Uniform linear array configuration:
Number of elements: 24
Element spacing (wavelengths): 0.5
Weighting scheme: hann
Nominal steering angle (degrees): -15
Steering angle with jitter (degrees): -15.504
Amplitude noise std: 0.05
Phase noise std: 0.05

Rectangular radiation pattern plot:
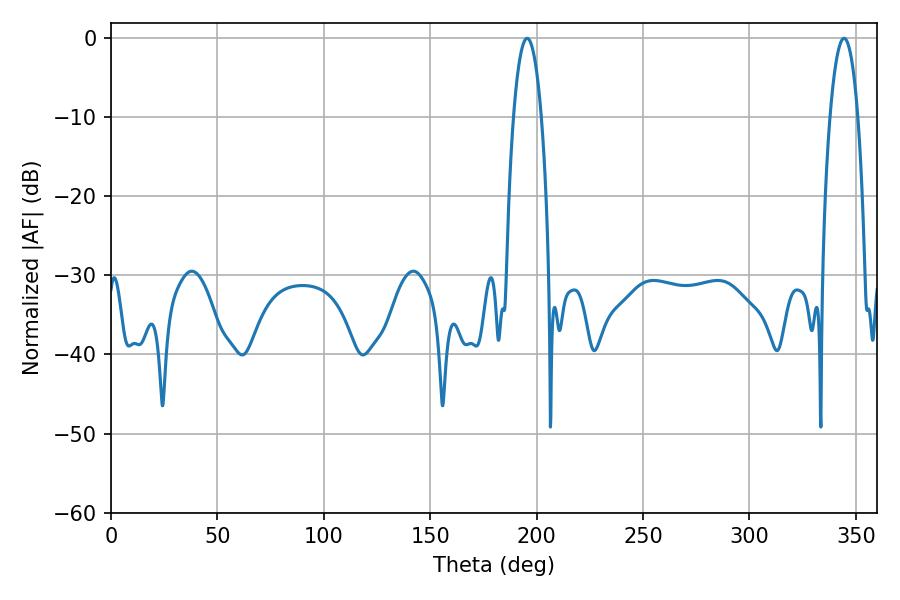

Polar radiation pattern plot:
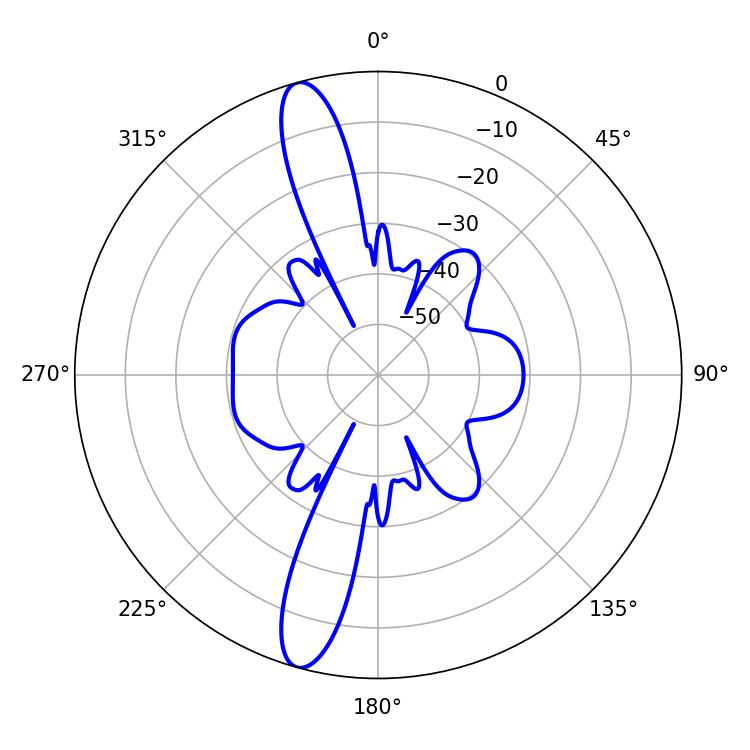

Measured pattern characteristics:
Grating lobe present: FALSE
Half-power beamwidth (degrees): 7.38
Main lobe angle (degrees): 195.48